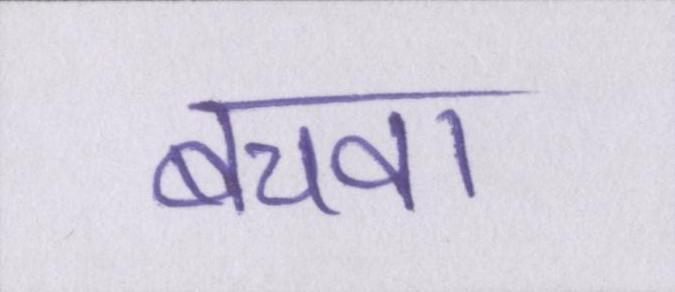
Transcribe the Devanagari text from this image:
बचवा